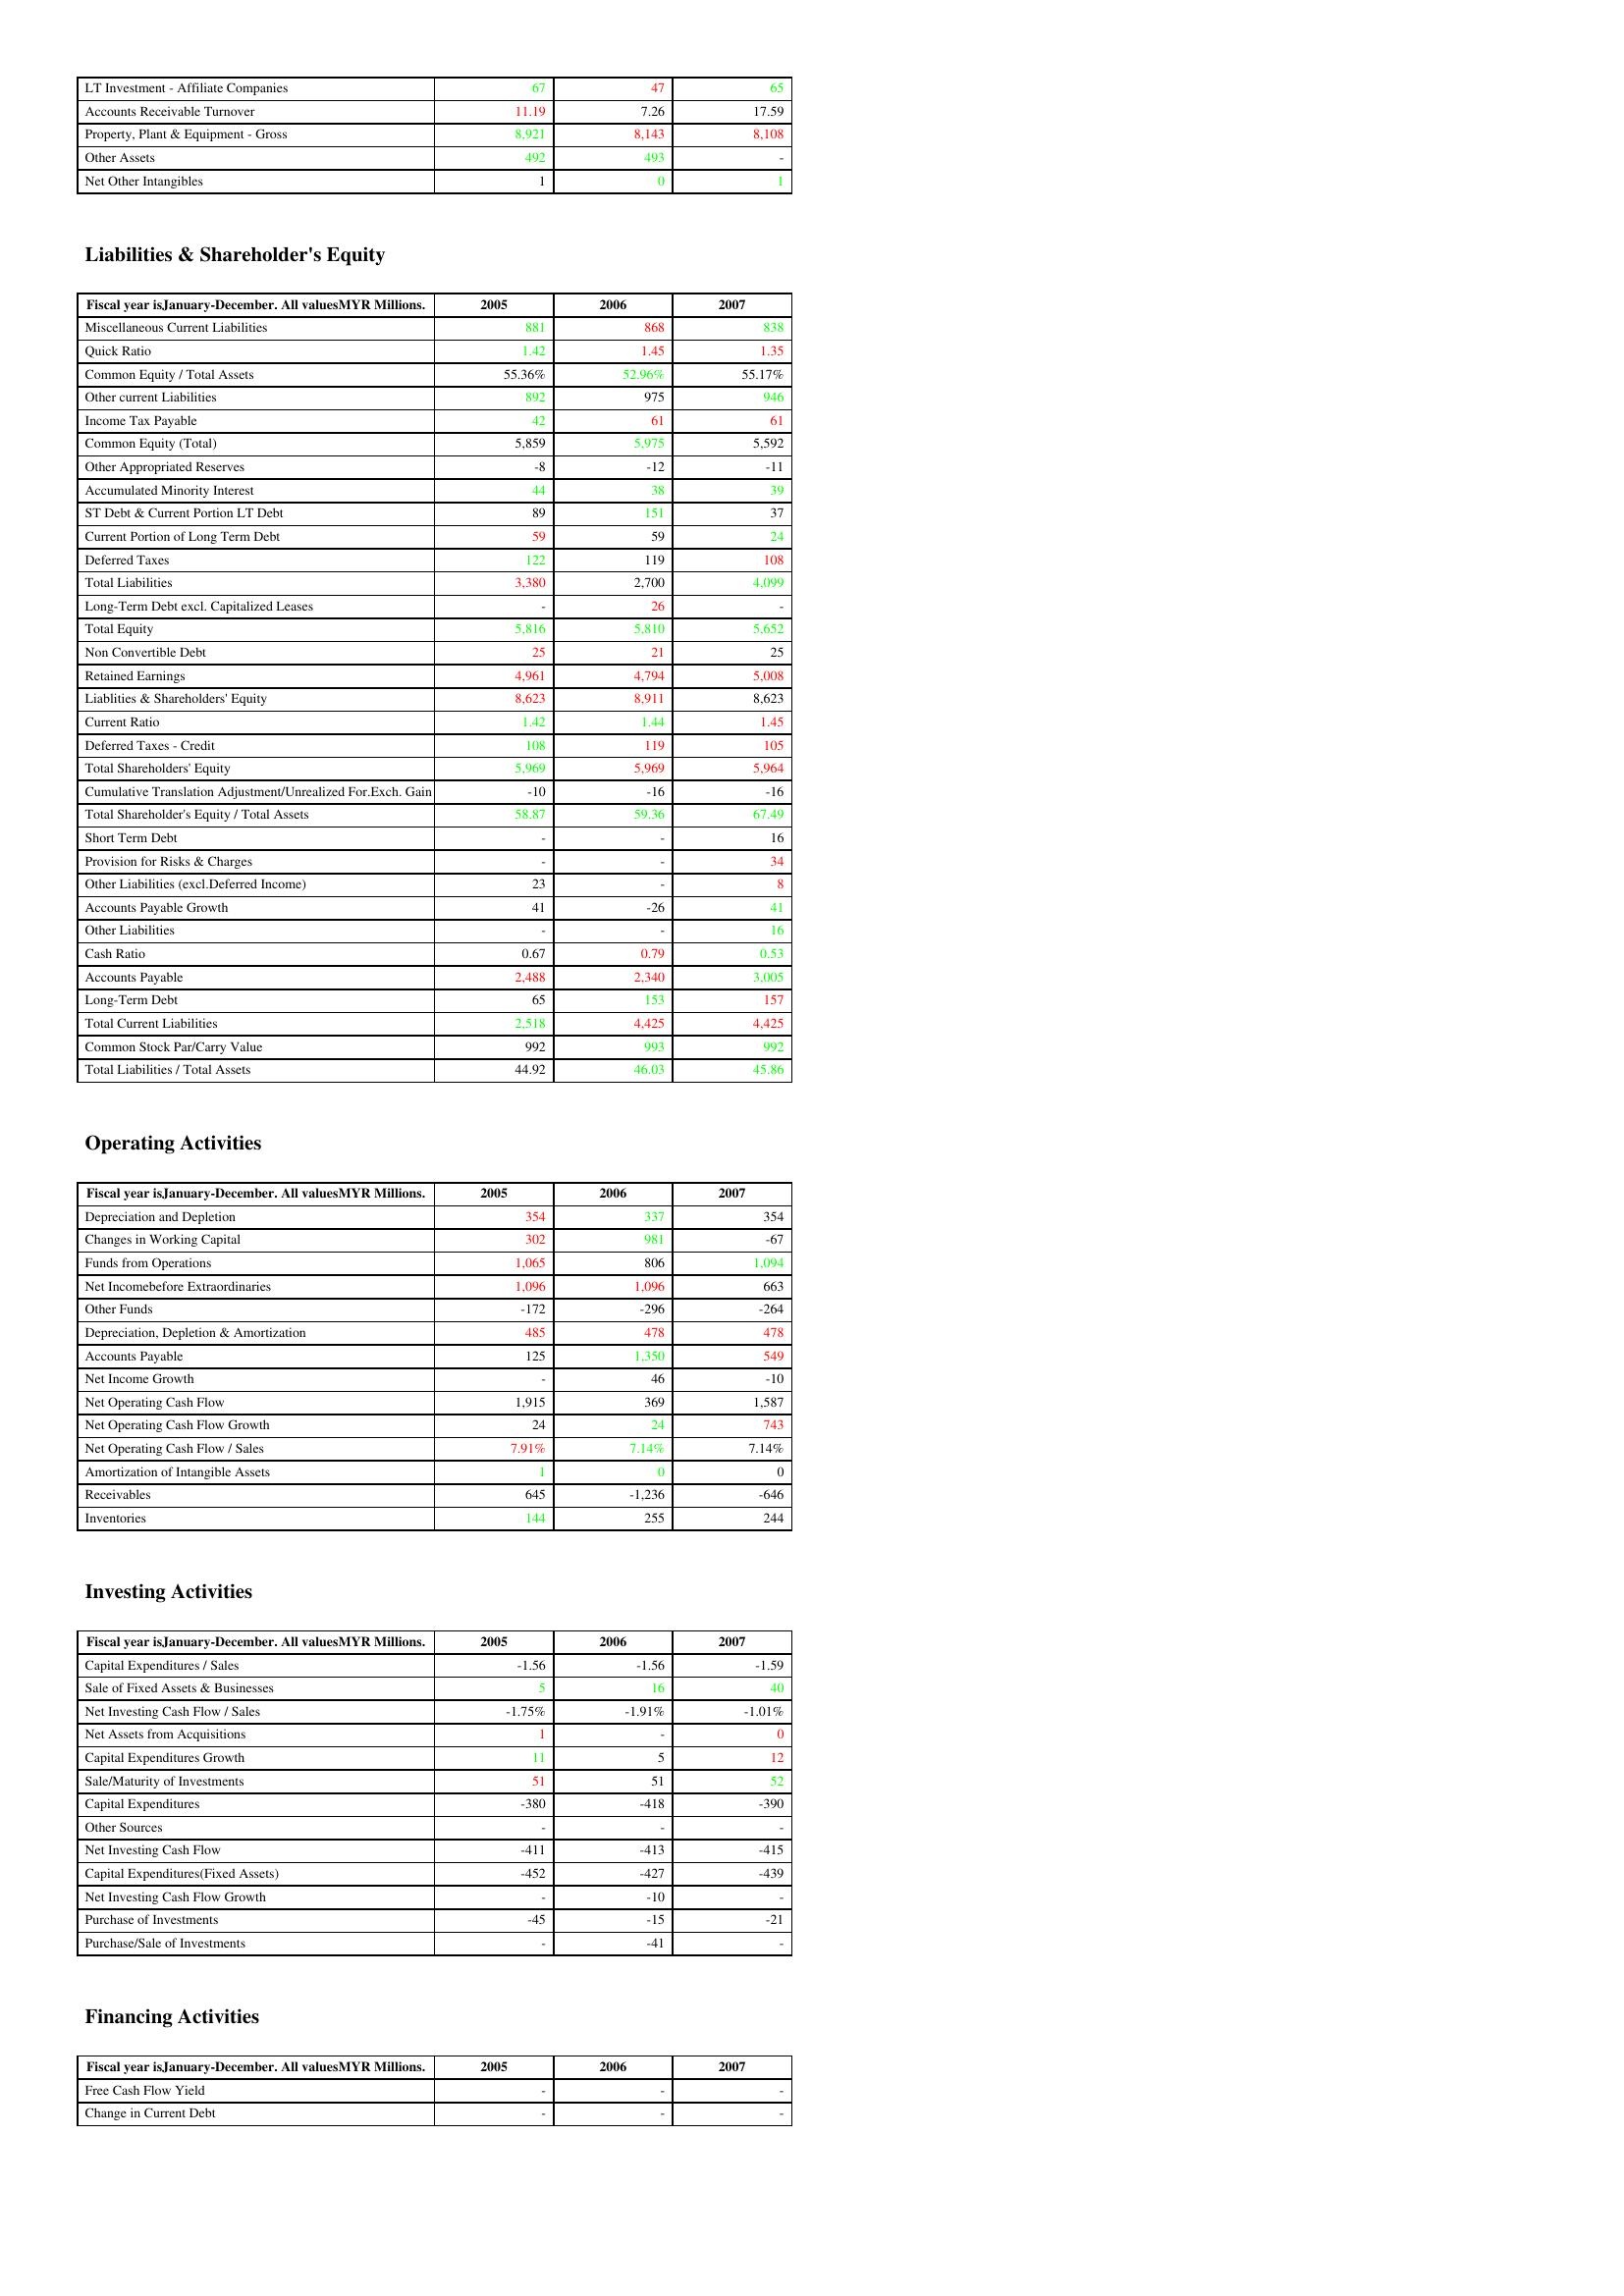
gt_parse: 2005: Assets: LT Investment - Affiliate Companies: 67
Accounts Receivable Turnover: 11.19
Property, Plant & Equipment - Gross : 8,921
Other Assets: 492
Net Other Intangibles: 1
Liabilities & Shareholder's Equity: Miscellaneous Current Liabilities: 881
Quick Ratio: 1.42
Common Equity / Total Assets: 55.36%
Other current Liabilities: 892
Income Tax Payable: 42
Common Equity (Total): 5,859
Other Appropriated Reserves: -8
Accumulated Minority Interest: 44
ST Debt & Current Portion LT Debt: 89
Current Portion of Long Term Debt: 59
Deferred Taxes: 122
Total Liabilities: 3,380
Long-Term Debt excl. Capitalized Leases: -
Total Equity: 5,816
Non Convertible Debt: 25
Retained Earnings: 4,961
Liablities & Shareholders' Equity: 8,623
Current Ratio: 1.42
Deferred Taxes - Credit: 108
Total Shareholders' Equity: 5,969
Cumulative Translation Adjustment/Unrealized For.Exch. Gain: -10
Total Shareholder's Equity / Total Assets: 58.87
Short Term Debt: -
Provision for Risks & Charges: -
Other Liabilities (excl.Deferred Income): 23
Accounts Payable Growth: 41
Other Liabilities: -
Cash Ratio: 0.67
Accounts Payable: 2,488
Long-Term Debt: 65
Total Current Liabilities: 2,518
Common Stock Par/Carry Value: 992
Total Liabilities / Total Assets: 44.92
Operating Activities: Depreciation and Depletion: 354
Changes in Working Capital: 302
Funds from Operations: 1,065
Net Incomebefore Extraordinaries: 1,096
Other Funds: -172
Depreciation, Depletion & Amortization: 485
Accounts Payable: 125
Net Income Growth: -
Net Operating Cash Flow: 1,915
Net Operating Cash Flow Growth: 24
Net Operating Cash Flow / Sales: 7.91%
Amortization of Intangible Assets: 1
Receivables: 645
Inventories: 144
Investing Activities: Capital Expenditures / Sales: -1.56
Sale of Fixed Assets & Businesses: 5
Net Investing Cash Flow / Sales: -1.75%
Net Assets from Acquisitions: 1
Capital Expenditures Growth: 11
Sale/Maturity of Investments: 51
Capital Expenditures: -380
Other Sources: -
Net Investing Cash Flow: -411
Capital Expenditures(Fixed Assets): -452
Net Investing Cash Flow Growth: -
Purchase of Investments: -45
Purchase/Sale of Investments: -
Financing Activities: Free Cash Flow Yield: -
Change in Current Debt: -
2006: Assets: LT Investment - Affiliate Companies: 47
Accounts Receivable Turnover: 7.26
Property, Plant & Equipment - Gross : 8,143
Other Assets: 493
Net Other Intangibles: 0
Liabilities & Shareholder's Equity: Miscellaneous Current Liabilities: 868
Quick Ratio: 1.45
Common Equity / Total Assets: 52.96%
Other current Liabilities: 975
Income Tax Payable: 61
Common Equity (Total): 5,975
Other Appropriated Reserves: -12
Accumulated Minority Interest: 38
ST Debt & Current Portion LT Debt: 151
Current Portion of Long Term Debt: 59
Deferred Taxes: 119
Total Liabilities: 2,700
Long-Term Debt excl. Capitalized Leases: 26
Total Equity: 5,810
Non Convertible Debt: 21
Retained Earnings: 4,794
Liablities & Shareholders' Equity: 8,911
Current Ratio: 1.44
Deferred Taxes - Credit: 119
Total Shareholders' Equity: 5,969
Cumulative Translation Adjustment/Unrealized For.Exch. Gain: -16
Total Shareholder's Equity / Total Assets: 59.36
Short Term Debt: -
Provision for Risks & Charges: -
Other Liabilities (excl.Deferred Income): -
Accounts Payable Growth: -26
Other Liabilities: -
Cash Ratio: 0.79
Accounts Payable: 2,340
Long-Term Debt: 153
Total Current Liabilities: 4,425
Common Stock Par/Carry Value: 993
Total Liabilities / Total Assets: 46.03
Operating Activities: Depreciation and Depletion: 337
Changes in Working Capital: 981
Funds from Operations: 806
Net Incomebefore Extraordinaries: 1,096
Other Funds: -296
Depreciation, Depletion & Amortization: 478
Accounts Payable: 1,350
Net Income Growth: 46
Net Operating Cash Flow: 369
Net Operating Cash Flow Growth: 24
Net Operating Cash Flow / Sales: 7.14%
Amortization of Intangible Assets: 0
Receivables: -1,236
Inventories: 255
Investing Activities: Capital Expenditures / Sales: -1.56
Sale of Fixed Assets & Businesses: 16
Net Investing Cash Flow / Sales: -1.91%
Net Assets from Acquisitions: -
Capital Expenditures Growth: 5
Sale/Maturity of Investments: 51
Capital Expenditures: -418
Other Sources: -
Net Investing Cash Flow: -413
Capital Expenditures(Fixed Assets): -427
Net Investing Cash Flow Growth: -10
Purchase of Investments: -15
Purchase/Sale of Investments: -41
Financing Activities: Free Cash Flow Yield: -
Change in Current Debt: -
2007: Assets: LT Investment - Affiliate Companies: 65
Accounts Receivable Turnover: 17.59
Property, Plant & Equipment - Gross : 8,108
Other Assets: -
Net Other Intangibles: 1
Liabilities & Shareholder's Equity: Miscellaneous Current Liabilities: 838
Quick Ratio: 1.35
Common Equity / Total Assets: 55.17%
Other current Liabilities: 946
Income Tax Payable: 61
Common Equity (Total): 5,592
Other Appropriated Reserves: -11
Accumulated Minority Interest: 39
ST Debt & Current Portion LT Debt: 37
Current Portion of Long Term Debt: 24
Deferred Taxes: 108
Total Liabilities: 4,099
Long-Term Debt excl. Capitalized Leases: -
Total Equity: 5,652
Non Convertible Debt: 25
Retained Earnings: 5,008
Liablities & Shareholders' Equity: 8,623
Current Ratio: 1.45
Deferred Taxes - Credit: 105
Total Shareholders' Equity: 5,964
Cumulative Translation Adjustment/Unrealized For.Exch. Gain: -16
Total Shareholder's Equity / Total Assets: 67.49
Short Term Debt: 16
Provision for Risks & Charges: 34
Other Liabilities (excl.Deferred Income): 8
Accounts Payable Growth: 41
Other Liabilities: 16
Cash Ratio: 0.53
Accounts Payable: 3,005
Long-Term Debt: 157
Total Current Liabilities: 4,425
Common Stock Par/Carry Value: 992
Total Liabilities / Total Assets: 45.86
Operating Activities: Depreciation and Depletion: 354
Changes in Working Capital: -67
Funds from Operations: 1,094
Net Incomebefore Extraordinaries: 663
Other Funds: -264
Depreciation, Depletion & Amortization: 478
Accounts Payable: 549
Net Income Growth: -10
Net Operating Cash Flow: 1,587
Net Operating Cash Flow Growth: 743
Net Operating Cash Flow / Sales: 7.14%
Amortization of Intangible Assets: 0
Receivables: -646
Inventories: 244
Investing Activities: Capital Expenditures / Sales: -1.59
Sale of Fixed Assets & Businesses: 40
Net Investing Cash Flow / Sales: -1.01%
Net Assets from Acquisitions: 0
Capital Expenditures Growth: 12
Sale/Maturity of Investments: 52
Capital Expenditures: -390
Other Sources: -
Net Investing Cash Flow: -415
Capital Expenditures(Fixed Assets): -439
Net Investing Cash Flow Growth: -
Purchase of Investments: -21
Purchase/Sale of Investments: -
Financing Activities: Free Cash Flow Yield: -
Change in Current Debt: -